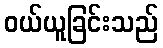
ဝယ်ယူခြင်းသည်